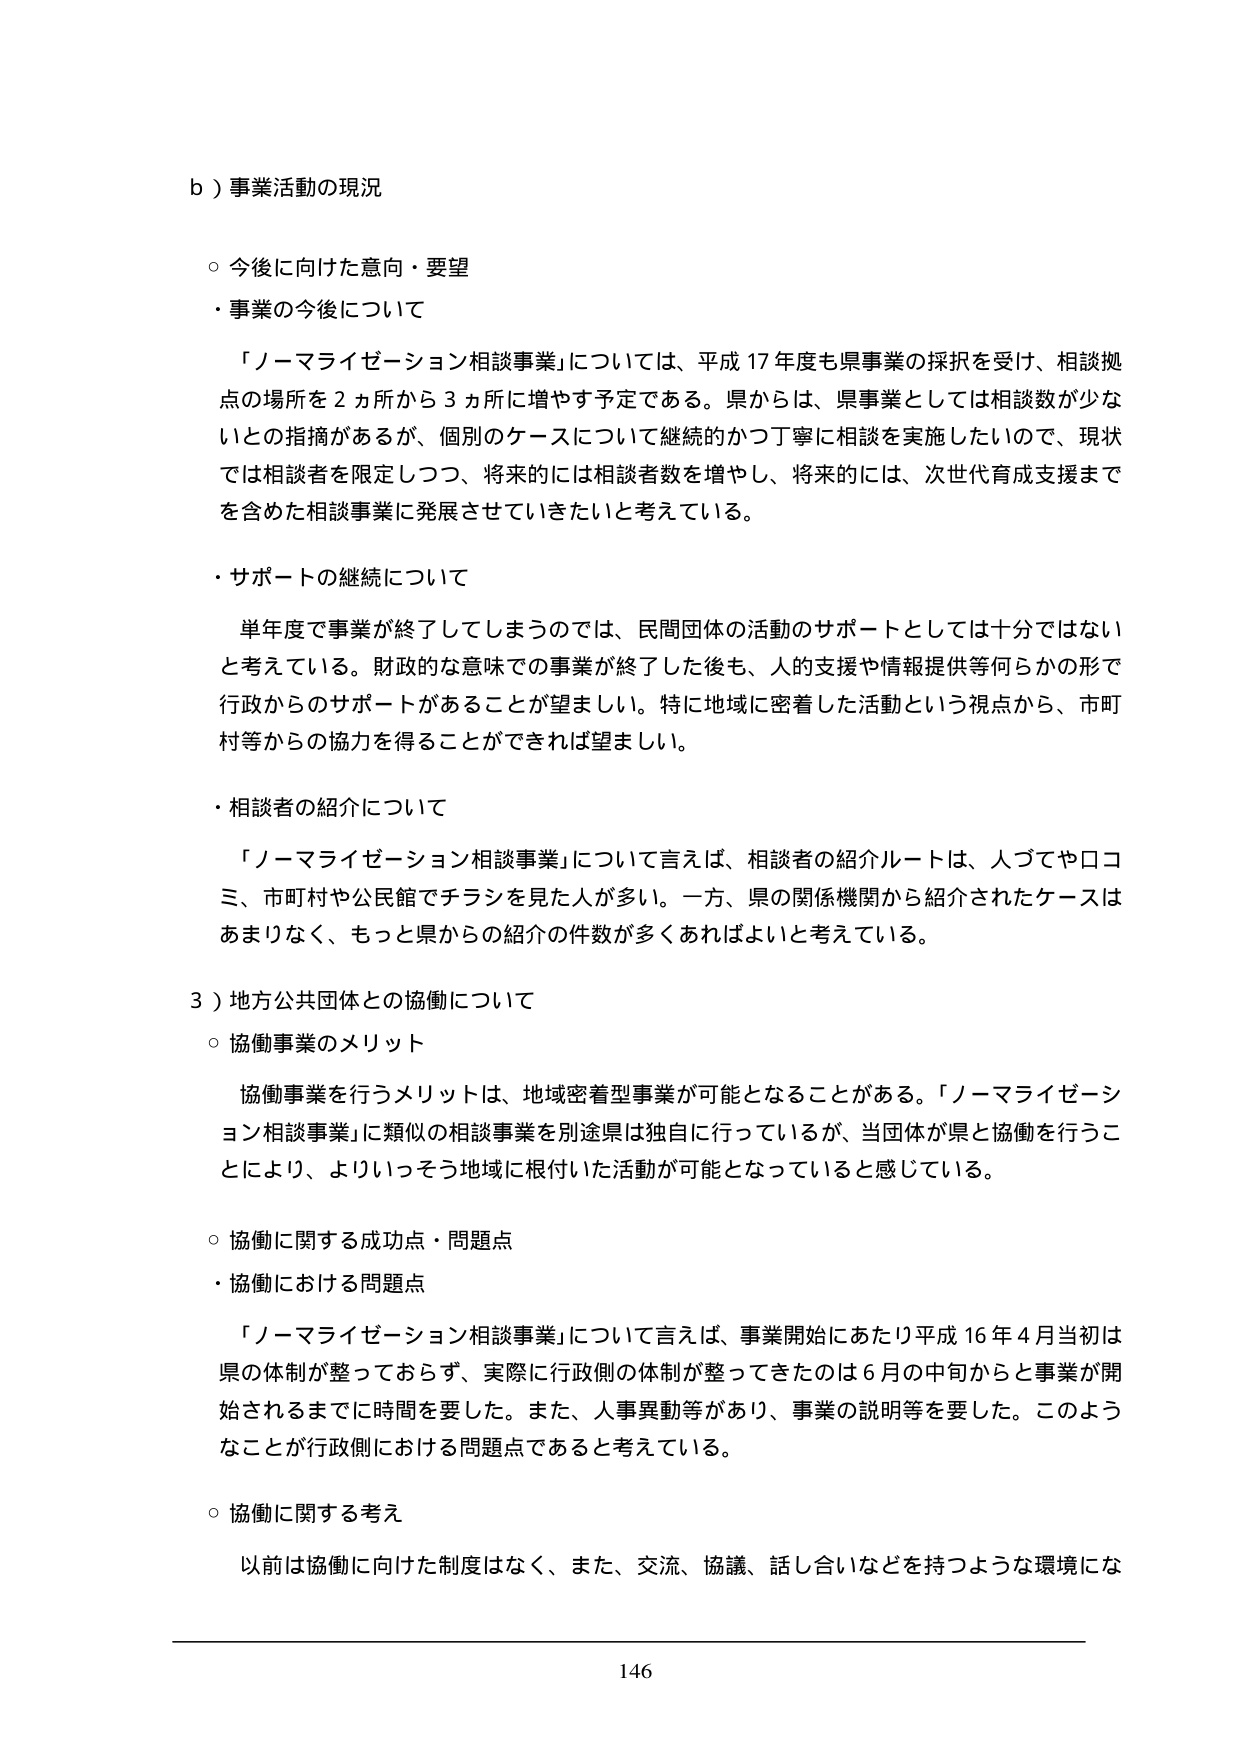
b）事業活動の現況

○ 今後に向けた意向・要望
・事業の今後について
　「ノーマライゼーション相談事業」については、平成17年度も県事業の採択を受け、相談拠点の場所を2ヵ所から3ヵ所に増やす予定である。県からは、県事業としては相談数が少ないとの指摘があるが、個別のケースについて継続的かつ丁寧に相談を実施したいので、現状では相談者を限定しつつ、将来的には相談者数を増やし、将来的には、次世代育成支援までを含めた相談事業に発展させていきたいと考えている。

・サポートの継続について
　単年度で事業が終了してしまうのでは、民間団体の活動のサポートとしては十分ではないと考えている。財政的な意味での事業が終了した後も、人的支援や情報提供等何らかの形で行政からのサポートがあることが望ましい。特に地域に密着した活動という視点から、市町村等からの協力を得ることができれば望ましい。

・相談者の紹介について
　「ノーマライゼーション相談事業」について言えば、相談者の紹介ルートは、人づてや口コミ、市町村や公民館でチラシを見た人が多い。一方、県の関係機関から紹介されたケースはあまりなく、もっと県からの紹介の件数が多くあればよいと考えている。

3）地方公共団体との協働について
○ 協働事業のメリット
　協働事業を行うメリットは、地域密着型事業が可能となることがある。「ノーマライゼーション相談事業」に類似の相談事業を別途県は独自に行っているが、当団体が県と協働を行うことにより、よりいっそう地域に根付いた活動が可能となっていると感じている。

○ 協働に関する成功点・問題点
・協働における問題点
　「ノーマライゼーション相談事業」について言えば、事業開始にあたり平成16年4月当初は県の体制が整っておらず、実際に行政側の体制が整ってきたのは6月の中旬からと事業が開始されるまでに時間を要した。また、人事異動等があり、事業の説明等を要した。このようなことが行政側における問題点であると考えている。

○ 協働に関する考え
　以前は協働に向けた制度はなく、また、交流、協議、話し合いなどを持つような環境にな

146